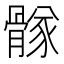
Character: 䯟